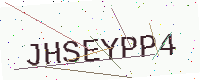
Text: JHSEYPP4